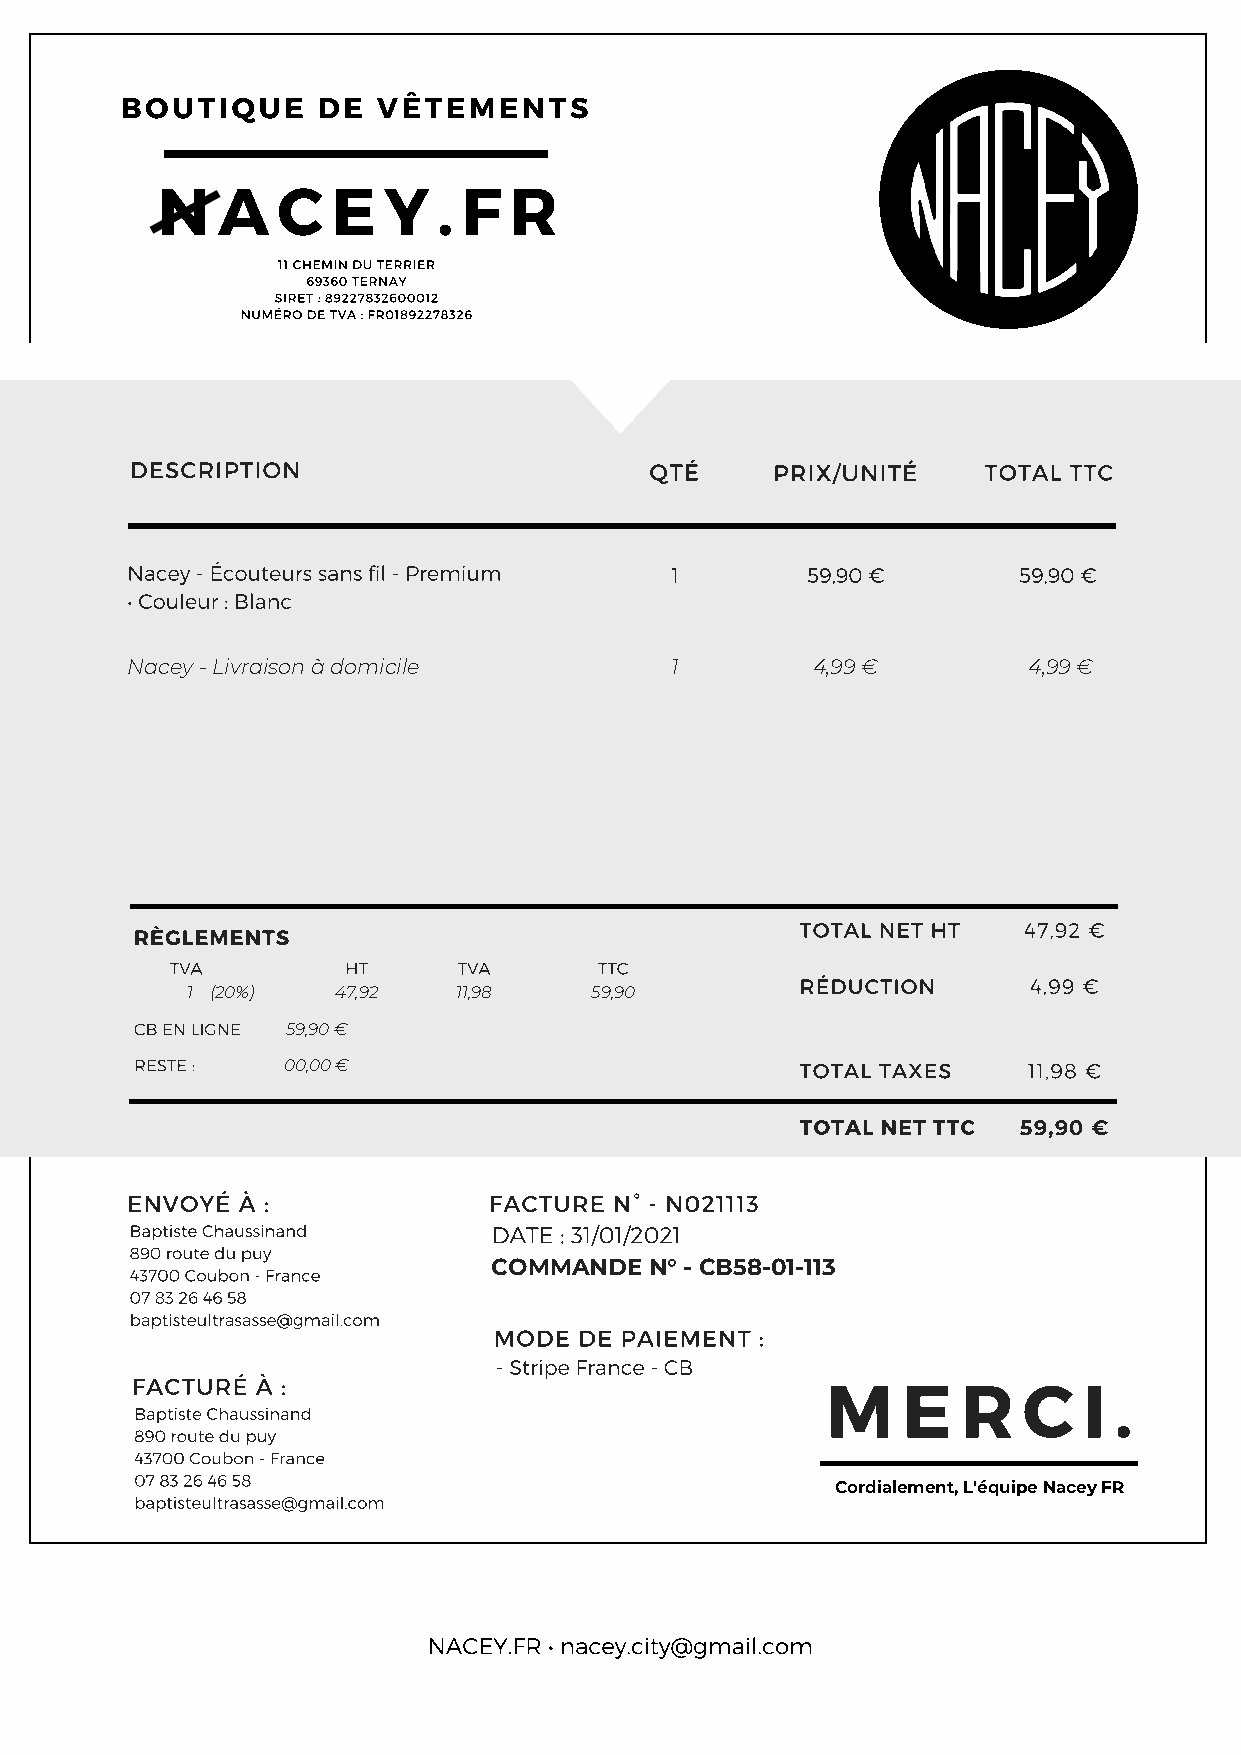
BOUTIQUE     DE  VÊTEMENTS
 N   A   C   E  Y   . F  R
 11 CHEMIN DU TERRIER
 69360 TERNAY
 SIRET : 89227832600012
 NUMÉRO DE TVA : FR01892278326
 DESCRIPTION                       QTÉ     PRIX/UNITÉ    TOTAL TTC
 Nacey - Écouteurs sans fil - Premium 1       59,90 €       59,90 €
 • Couleur : Blanc
 Nacey - Livraison à domicile        1         4,99 €        4,99 €
 TOTAL NET HT   47,92 €
 RÈGLEMENTS
 TVA         HT     TVA       TTC
 RÉDUCTION      4,99 €
 1 (20%)   47,92   11,98    59,90
 CB EN LIGNE 59,90 €
 RESTE :   00,00 €                           TOTAL TAXES    11,98 €
 TOTAL NET TTC  59,90 €
 ENVOYÉ  À :             FACTURE  N° - N021113
 Baptiste Chaussinand    DATE : 31/01/2021
 890 route du puy
 COMMANDE  N° - CB58-01-113
 43700 Coubon - France
 07 83 26 46 58
 baptisteultrasasse@gmail.com
 MODE DE PAIEMENT :
 - Stripe France - CB
 M    E   R   C   I .
 FACTURÉ À :
 Baptiste Chaussinand
 890 route du puy
 43700 Coubon - France
 07 83 26 46 58
 Cordialement, L'équipe Nacey FR
 baptisteultrasasse@gmail.com
 NACEY.FR • nacey.city@gmail.com